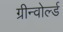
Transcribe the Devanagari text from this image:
ग्रीन्वोर्ल्ड